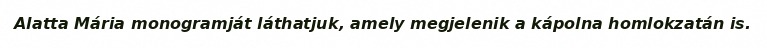
Alatta Mária monogramját láthatjuk, amely megjelenik a kápolna homlokzatán is.